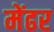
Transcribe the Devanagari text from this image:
मेंढर